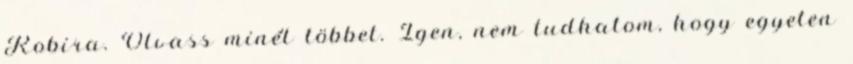
Robira. Olvass minél többet. Igen, nem tudhatom, hogy egyeten